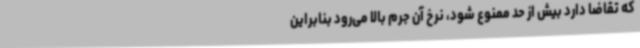
که تقاضا دارد بیش از حد ممنوع شود، نرخ آن‌ جرم بالا می‌رود بنابراین